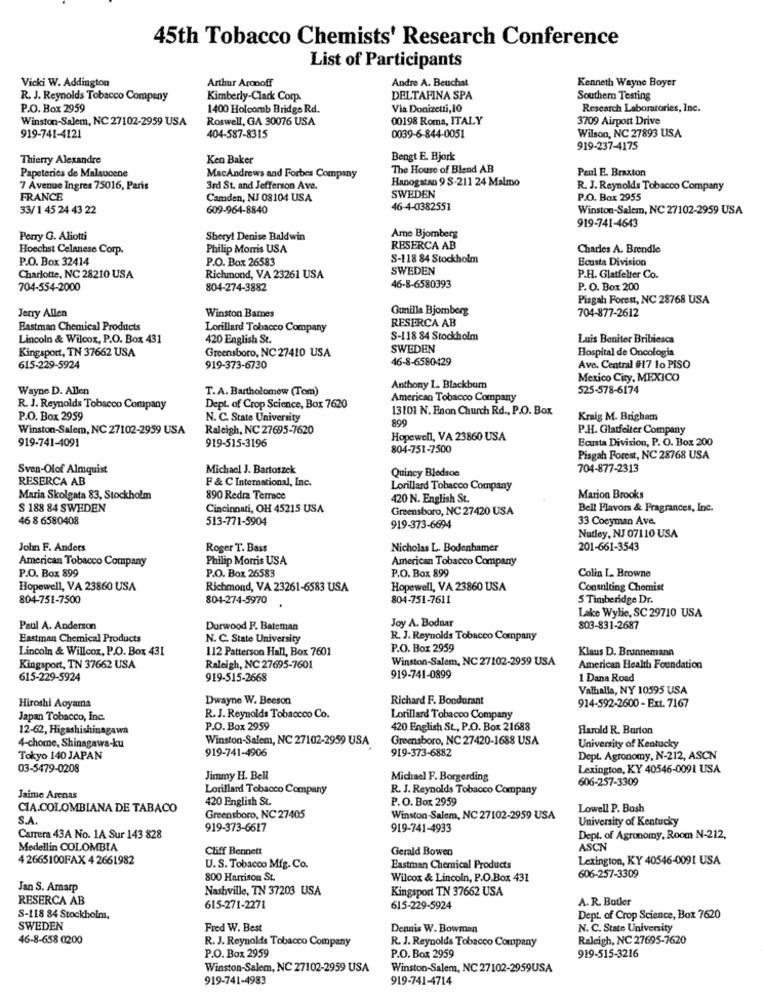
45th Tobacco Chemists' Research Conference
List of Participants
Vicki W. Addington
Arthur Aronoff
Andre A. Beuchat
Kenneth Wayne Boyer
R. J. Reynolds Tobacco Company
Kimberly-Clark Corp.
DELTAFINA SPA
Southern Testing
P.O. Box 2959
1400 Holcomb Bridge Rd.
Via Donizetti, 10
Research Laboratories, Inc.
Winston-Salem, NC 27102-2959 USA
Roswell, GA 30076 USA
00198 Roma, ITALY
3709 Airport Drive
0039-6-844-0051
919-741-4121
404-587-8315
Wilson, NC 27893 USA
919-237-4175
Thierry Alexandre
Ken Baker
Bengt E. Bjork
The House of Blend AB
Paul E. Braxton
Papeteries de Malaucene
MacAndrews and Forbes Company
Hanogstan 9 S-211 24 Malmo
7 Avenue Ingres 75016, Paris
3rd St. and Jefferson Ave.
R. J. Reynolds Tobacco Company
FRANCE
Camden, NJ 08104 USA
SWEDEN
P.O. Box 2955
33/1 45 24 43 22
609-964-8840
46-4-0382551
Winston-Salem, NC 27102-2959 USA
Arne Bjomberg
919-741-4643
Perry G. Aliotti
Sheryl Denise Baldwin
Hoechst Celanese Corp.
Philip Morris USA
RESERCA AB
Charles A. Brendle
P.O. Box 32414
P.O. Box 26583
S-118 84 Stockholm
Ecusta Division
SWEDEN
Charlotte, NC 28210 USA
Richmond, VA 23261 USA
P.H. Glatfelter Co.
704-554-2000
804-274-3882
46-8-6580393
P. O. Box 200
Pisgah Forest, NC 28768 USA
Gunilla Bjomberg
704-877-2612
Jerry Allen
Winston Bames
RESERCA AB
Eastman Chemical Products
Lorillard Tobacco Company
Lincoln & Wilcox, P.O. Box 431
420 English St.
S-118 84 Stockholm
Luis Beniter Bribiesca
Kingsport, TN 37662 USA
Greensboro, NC 27410 USA
SWEDEN
Hospital de Oncologia
46-8-6580429
615-229-5924
919-373-6730
Ave. Central #17 lo PISO
Mexico City, MEXICO
Wayne D. Allen
T.A. Bartholomew (Tom)
Anthony L. Blackbum
525-578-6174
American Tobacco Company
R. J. Reynolds Tobacco Company
Dept. of Crop Science, Box 7620
13101 N. Enon Church Rd ., P.O. Box
P.O. Box 2959
N. C. State University
899
Kraig M. Brigham
Winston-Salem, NC 27102-2959 USA
Raleigh, NC 27695-7620
P.H. Glatfelter Company
919-741-4091
919-515-3196
Hopewell, VA 23860 USA
Ecusta Division, P. O. Box 200
804-751-7500
Pisgah Forest, NC 28768 USA
Sven-Olof Almquist
Michael J. Bartoszek
Quincy Bledsoe
704-877-2313
RESERCA AB
F & C International, Inc.
Lorillard Tobacco Company
Maria Skolgata 83, Stockholm
890 Redra Terrace
420 N. English St.
Marjon Brooks
$ 188 84 SWEDEN
Cincinnati, OH 45215 USA
Greensboro, NC 27420 USA
Bell Flavors & Fragrances, Inc.
46 8 6580408
513-771-5904
33 Coeyman Ave.
919-373-6694
Nutley, NJ 07110 USA
John F. Anders
Roger T. Bass
Nicholas L. Bodenhamer
201-661-3543
American Tobacco Company
Philip Morris USA
American Tobacco Company
P.O. Box 899
Colin L. Browne
P.O. Box 899
P.O. Box 26583
Hopewell, VA 23860 USA
Richmond, VA 23261-6583 USA
Hopewell, VA 23860 USA
Consulting Chomist
804-751-7500
804-274-5970
804-751-7611
5 Timberidge Dr.
Lake Wylie, SC 29710 USA
Joy A. Bodnar
Paul A. Anderson
Durwood P. Bateman
803-831-2687
Eastman Chemical Products
N. C. State University
R. J. Reynolds Tobacco Company
Lincoln & Willcox, P.O. Box 431
112 Patterson Hall, Box 7601
P.O. Box 2959
Klaus D. Brunnemann
Winston-Salem, NC 27102-2959 USA
Kingsport, TN 37662 USA
Raleigh, NC 27695-7601
American Health Foundation
615-229-5924
919-515-2668
919-741-0899
1 Dana Road
Valhalla, NY 10595 USA
Dwayne W. Beeson
Richard F. Bondurant
Hiroshi Aoyama
914-592-2600 - Ext. 7167
Japan Tobacco, Inc.
R. J. Reynolds Tobaccoo Co.
Lorillard Tobacco Company
12-62, Higashishinagawa
P.O. Box 2959
420 English St ., P.O. Box 21688
Harold R. Burton
Winston-Salem, NC 27102-2959 USA
Greensboro, NC 27420-1688 USA
4-chome, Shinagawa-ku
919-741-4906
919-373-6882
University of Kentucky
Tokyo 140 JAPAN
Dept. Agronomy, N-212, ASCN
03-5479-0208
Lexington, KY 40546-0091 USA
Jimmy H. Bell
Michael F. Borgerding
606-257-3309
Lorillard Tobacco Company
R. J. Reynolds Tobacco Company
Jaime Arenas
420 English St.
P.O. Box 2959
CIA.COLOMBIANA DE TABACO
Lowell P. Bush
S.A
Greensboro, NC 27405
Winston-Salem, NC 27102-2959 USA
University of Kentucky
919-373-6617
919-741-4933
Carrera 43A No. 1A Sur 143 828
Dept. of Agronomy, Room N-212,
Medellin COLOMBIA
Cliff Bennett
Gerald Bowen
ASCN
4 2665100FAX 4 2661982
Lexington, KY 40546-0091 USA
U. S. Tobacco Mfg. Co.
Eastman Chemical Products
800 Harrison St.
Wilcox & Lincoln, P.O.Box 431
606-257-3309
Jan S. Amarp
Nashville, TN 37203 USA
Kingsport TN 37662 USA
RESERCA AB
A. R. Batler
615-271-2271
615-229-5924
S-118 84 Stockholm,
Dept. of Crop Science, Box 7620
SWEDEN
Fred W. Best
Dennis W. Bowman
N. C. State University
46-8-658 0200
R. J. Reynolds Tobacco Company
R. J. Reynolds Tobacco Company
Raleigh, NC 27695-7620
919-515-3216
P.O. Box 2959
P.O. Box 2959
Winston-Salem, NC 27102-2959 USA
Winston-Salem, NC 27102-2959USA
919-741-4983
919-741-4714